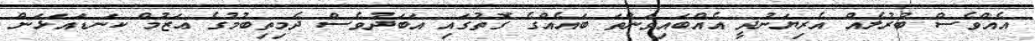
އެއްވެސް ބުރުލެއް އެރިޔަނުދީ އެއްބައިވަންތަ ބައެއްގެ ގޮތުގައި އަބަދުވެސް ދެމިތިބުމުގެ ޢަޒުމް ކަނޑައަޅަން